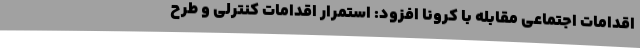
اقدامات اجتماعی مقابله با کرونا افزود: استمرار اقدامات کنترلی و طرح